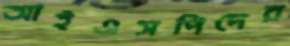
আইএসপিদের